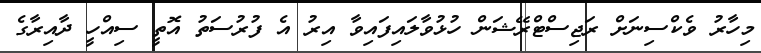
މިހާރު ވެކްސިނަށް ރަޖިސްޓްރޭޝަން ހުޅުވާލައިފައިވާ އިރު އެ ފުރުސަތު އޮތީ ސިއްހީ ދާއިރާގެ